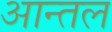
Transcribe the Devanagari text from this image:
आन्तल